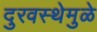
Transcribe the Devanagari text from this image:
दुरवस्थेमुळे